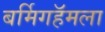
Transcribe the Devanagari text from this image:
बर्मिगहॅमला